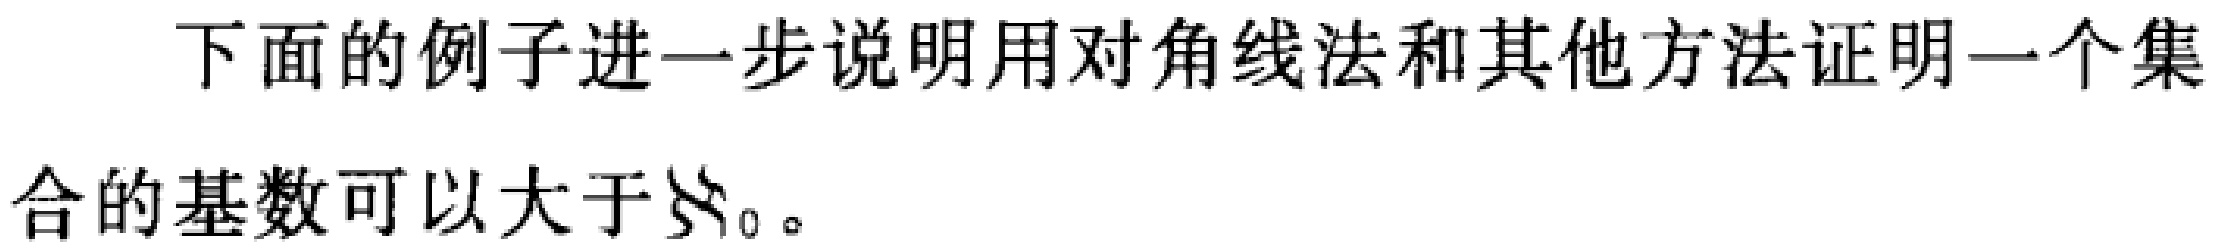
下面的例子进一步说明用对角线法和其他方法证明一个集合的基数可以大于\(\aleph_0\)。